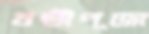
ষষ্ঠীপূজা